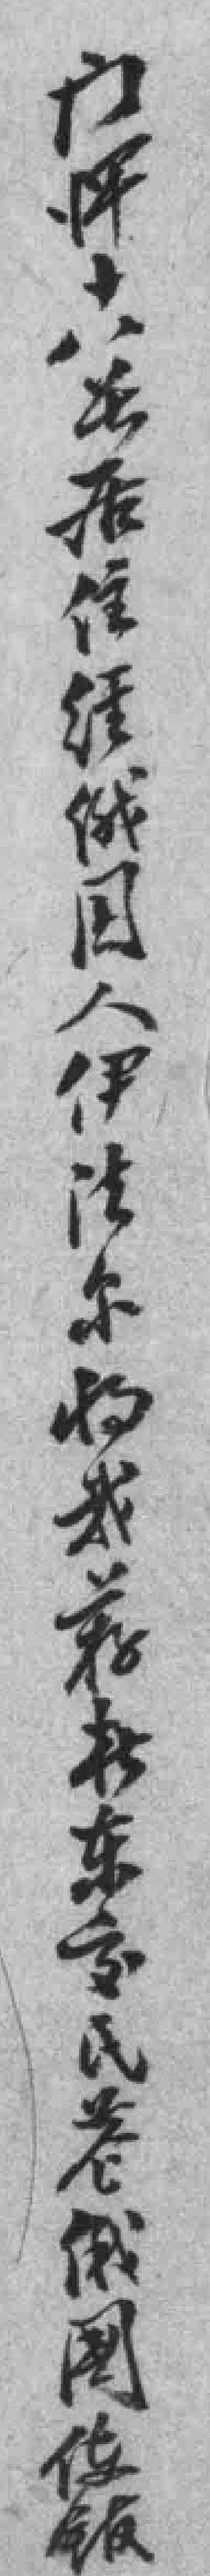
门牌十八号居住经俄国人伊法尔将我荐於东交民巷俄國使舘